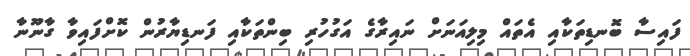
ފައިސާ ބޮނޑިތަކާއި އެތައް މިލިއަނަށް ނައިރާގެ އަގުހުރި ބިންތަކާއި ފަނޑިޔާރުން ކޮށްފައިވާ ގާނޫނާ